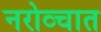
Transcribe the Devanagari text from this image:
नरोव्चात